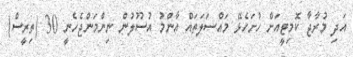
އަދި މުރާޖާ ކޮމިޓީއަށް ހުށަހެޅޭ މައްސަލަތައް ޢާންމު އުސޫލުން ނިންމަންޖެހެނީ 30 (ތިރީސް)